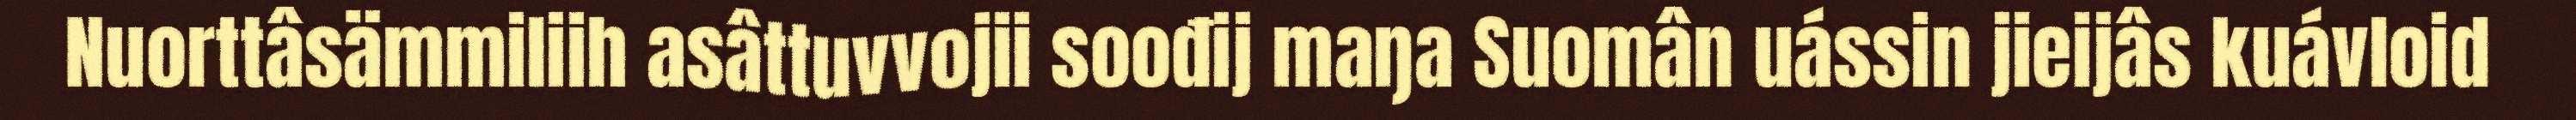
Nuorttâsämmiliih asâttuvvojii soođij maŋa Suomân uássin jieijâs kuávloid